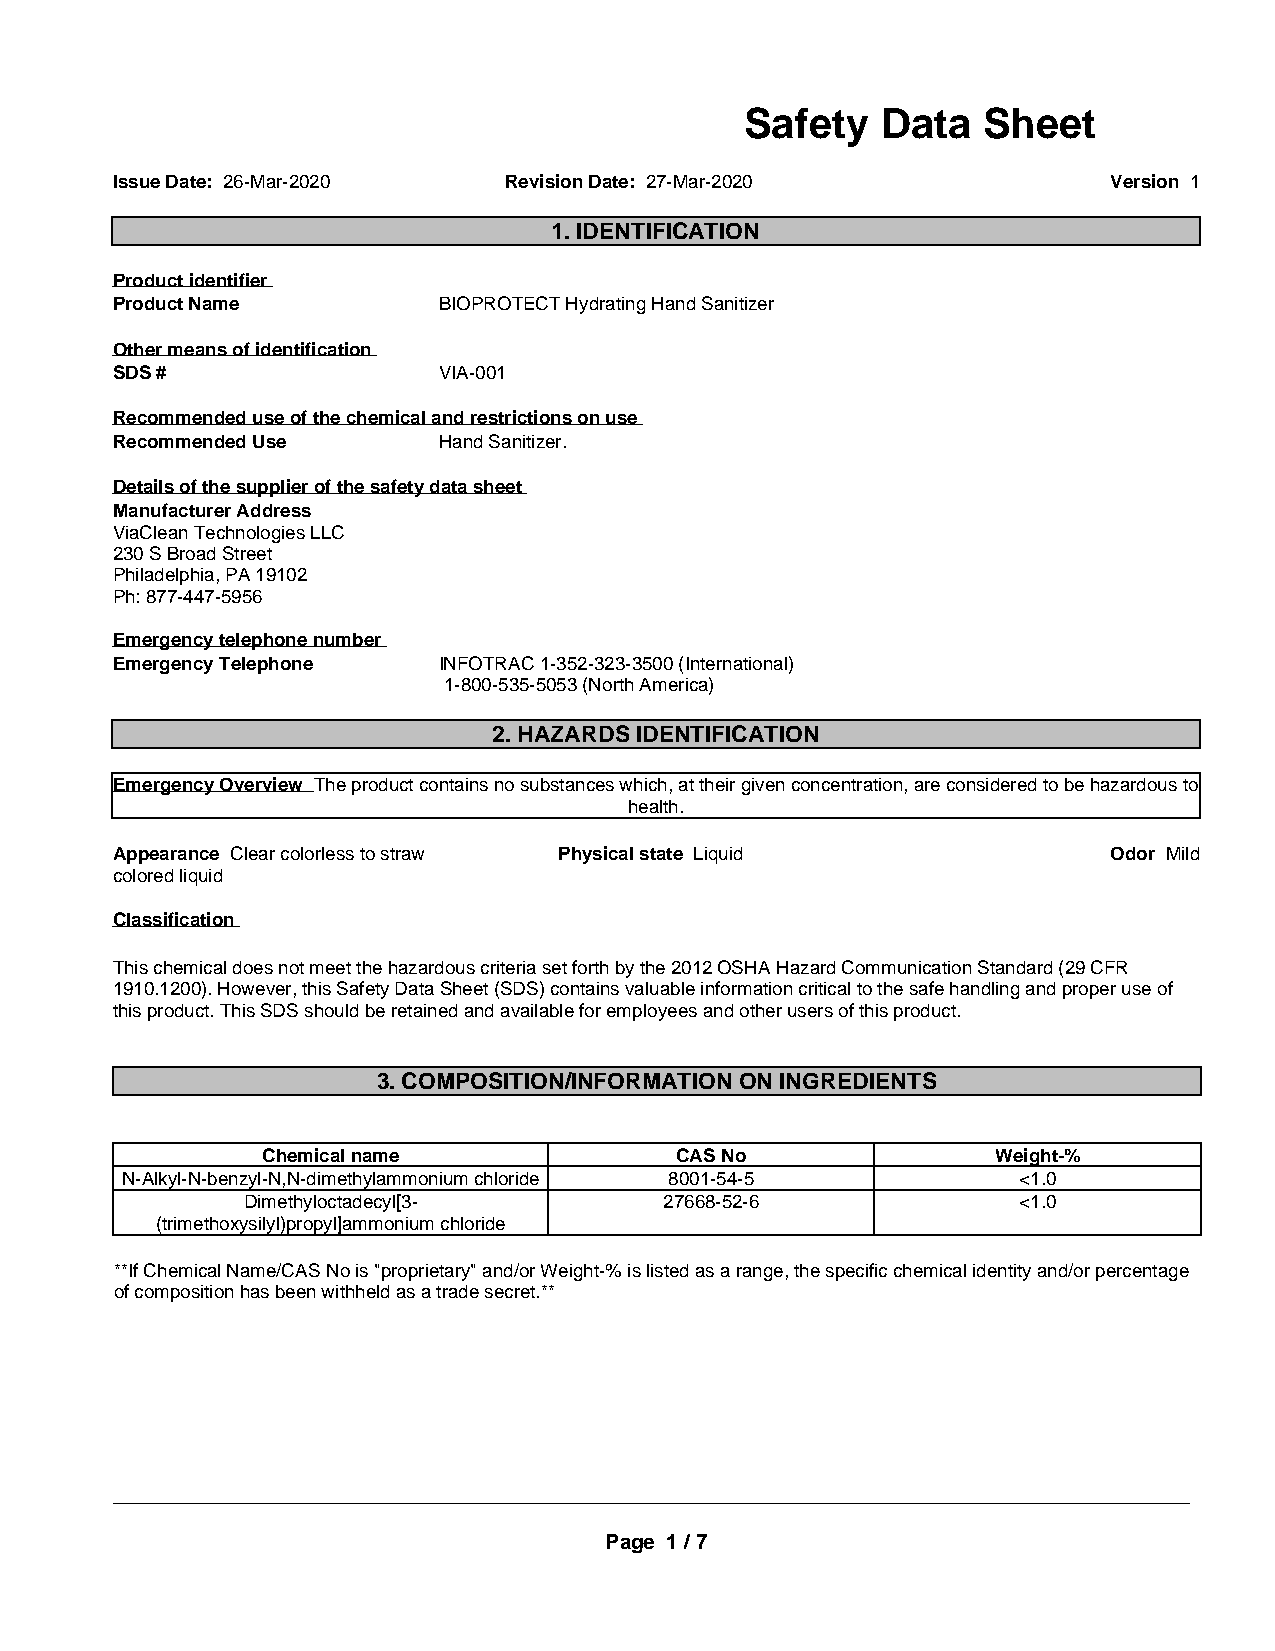
Safety   Data   Sheet
 Issue Date: 26-Mar-2020   Revis ion Date: 27-Mar-2020              Version 1
 1. IDENTIFICATION
 Product identifier
 Product Name          BIOPROTECT Hydrating Hand Sanitizer
 Other means of identification
 SDS #                 VIA-001
 Recommended use of the chemical and restrictions on use
 Recommended Use       Hand Sanitizer.
 Details of the supplier of the safety data sheet
 Manufacturer Address
 ViaClean Technologies LLC
 230 S Broad Street
 Philadelphia, PA 19102
 Ph: 877-447-5956
 Emergency telephone number
 Emergency Telephone   INFOTRAC 1-352-323-3500 (International)
 1-800-535-5053 (North America)
 2. HAZARDS IDENTIFICATION
 Emergency Overview The product contains no substances which, at their given concentration, are considered to be hazardous to
 health.
 Appearance Clear colorless to straw Physical state Liquid          Odor Mild
 colored liquid
 Classification
 This chemical does not meet the hazardous criteria set forth by the 2012 OSHA Hazard Communication Standard (29 CFR
 1910.1200). However, this Safety Data Sheet (SDS) contains valuable information critical to the safe handling and proper use of
 this product. This SDS should be retained and available for employees and other users of this product.
 3. COMPOSITION/INFORMATION ON INGREDIENTS
 Chemical name               CAS No               Weight-%
 N-Alkyl-N-benzyl-N,N-dimethylammonium chloride 8001-54-5   <1.0
 Dimethyloctadecyl[3-        27668-52-6             <1.0
 (trimethoxysilyl)propyl]ammonium chloride
 **If Chemical Name/CAS No is "proprietary" and/or Weight-% is listed as a range, the specific chemical identity and/or percentage
 of composition has been withheld as a trade secret.**
 _____________________________________________________________________________________________
 Page 1 / 7